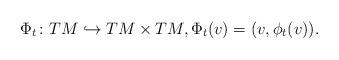
LaTeX: \begin{align*} \Phi_t\colon TM\hookrightarrow TM\times TM, \Phi_t(v)=(v,\phi_t(v)).\end{align*}